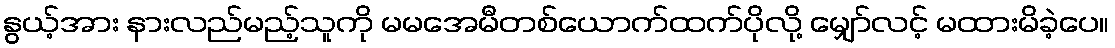
နွယ့်အား နားလည်မည့်သူကို မမအေမီတစ်ယောက်ထက်ပိုလို့ မျှော်လင့် မထားမိခဲ့ပေ။